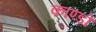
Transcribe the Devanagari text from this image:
काण्डो